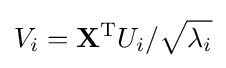
V_{i}=\mathbf {X} ^{\mathrm {T} }U_{i}/{\sqrt {\lambda _{i}}}